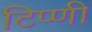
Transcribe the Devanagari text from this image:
टिप्णी